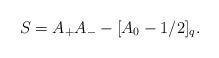
LaTeX: \begin{align*} S=A_{+}A_{-}-[A_0-1/2]_{q}.\end{align*}